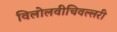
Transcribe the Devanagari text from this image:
विलोलवीचिवल्लरी